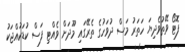
ފޮޓޯ ވޭތުވެދިޔަ ހަތަރު މަސް ދުވަހުގެ ތެރޭގައި މޫދަށް ވެއްޓި ފަސް ކުޑަކުއްޖަކު